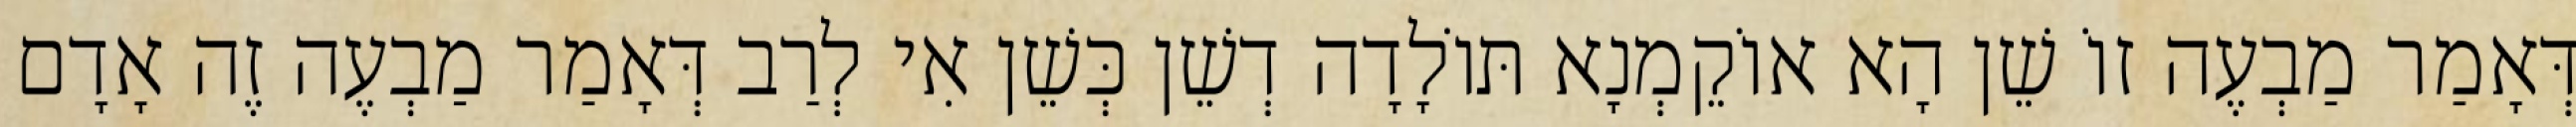
דְּאָמַר מַבְעֶה זוֹ שֵׁן הָא אוֹקֵמְנָא תּוֹלָדָה דְשֵׁן כְּשֵׁן אִי לְרַב דְּאָמַר מַבְעֶה זֶה אָדָם